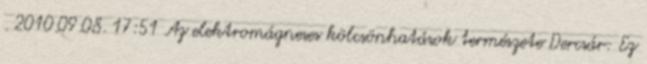
. 2010.09.08. 17:51 Az elektromágneses kölcsönhatások természete Dercsár: Ez